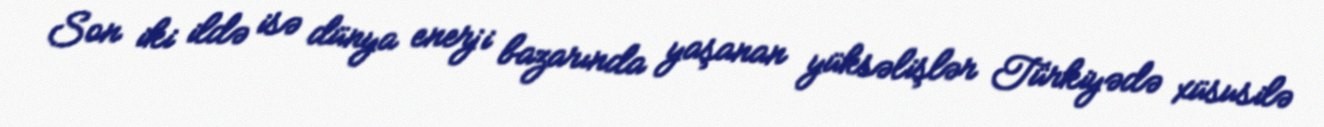
Son iki ildə isə dünya enerji bazarında yaşanan yüksəlişlər Türkiyədə xüsusilə